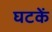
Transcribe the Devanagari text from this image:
घटकें